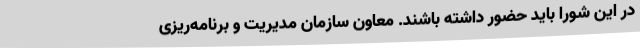
در این شورا باید حضور داشته باشند. معاون سازمان مدیریت و برنامه‌ریزی